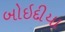
બોઇદીયા